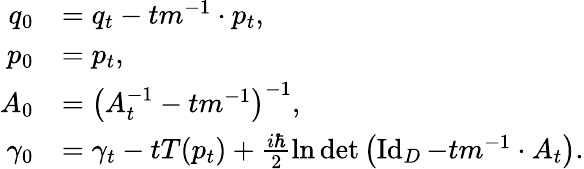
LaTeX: \begin{array}{rl}{q_{0}}&{=q_{t}-tm^{-1}\cdot p_{t},}\\ {p_{0}}&{=p_{t},}\\ {A_{0}}&{=\left(A_{t}^{-1}-tm^{-1}\right)^{-1},}\\ {\gamma_{0}}&{=\gamma_{t}-tT(p_{t})+\frac{i\hbar}{2}\ln\operatorname*{det}\left(\operatorname{Id}_{D}-tm^{-1}\cdot A_{t}\right).}\end{array}